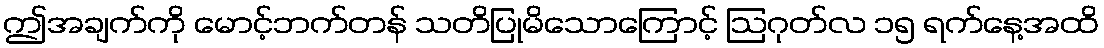
ဤအချက်ကို မောင့်ဘက်တန် သတိပြုမိသောကြောင့် ဩဂုတ်လ ၁၅ ရက်နေ့အထိ